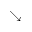
\searrow